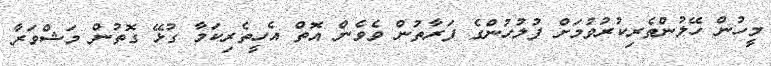
މީހުން ހޭލުންތެރިކުރުވުމަށް ފުލުހުންގެ ފަރާތުން ވެވެން އޮތް އެހީތެރިކަމާ ގުޅޭ ގޮތުން މަޝްވަރާ